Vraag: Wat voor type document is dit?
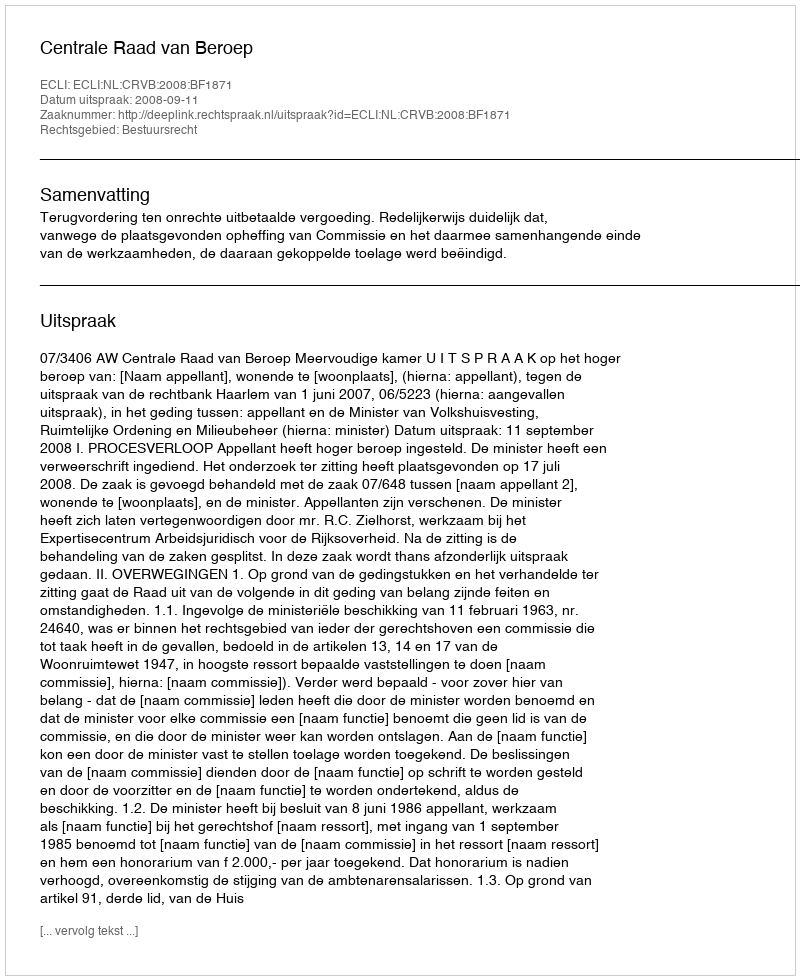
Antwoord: Uitspraak